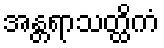
အန္တရာသတ္ထိကံ